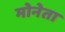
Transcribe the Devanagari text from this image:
मोनेता